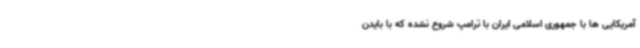
آمریکایی ها با جمهوری اسلامی ایران با ترامپ شروع نشده که با بایدن